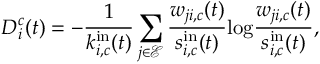
D _ { i } ^ { c } ( t ) = - \frac { 1 } { k _ { i , c } ^ { \mathrm { i n } } ( t ) } \sum _ { j \in { \mathscr { E } } } \frac { w _ { j i , c } ( t ) } { s _ { i , c } ^ { \mathrm { i n } } ( t ) } \mathrm { l o g } \frac { w _ { j i , c } ( t ) } { s _ { i , c } ^ { \mathrm { i n } } ( t ) } ,